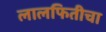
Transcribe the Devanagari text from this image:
लालफितीचा